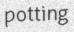
potting